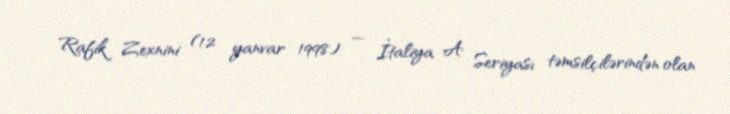
Rafik Zexnini (12 yanvar 1998) — İtaliya A Seriyası təmsilçilərindən olan